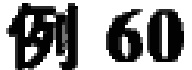
例 60